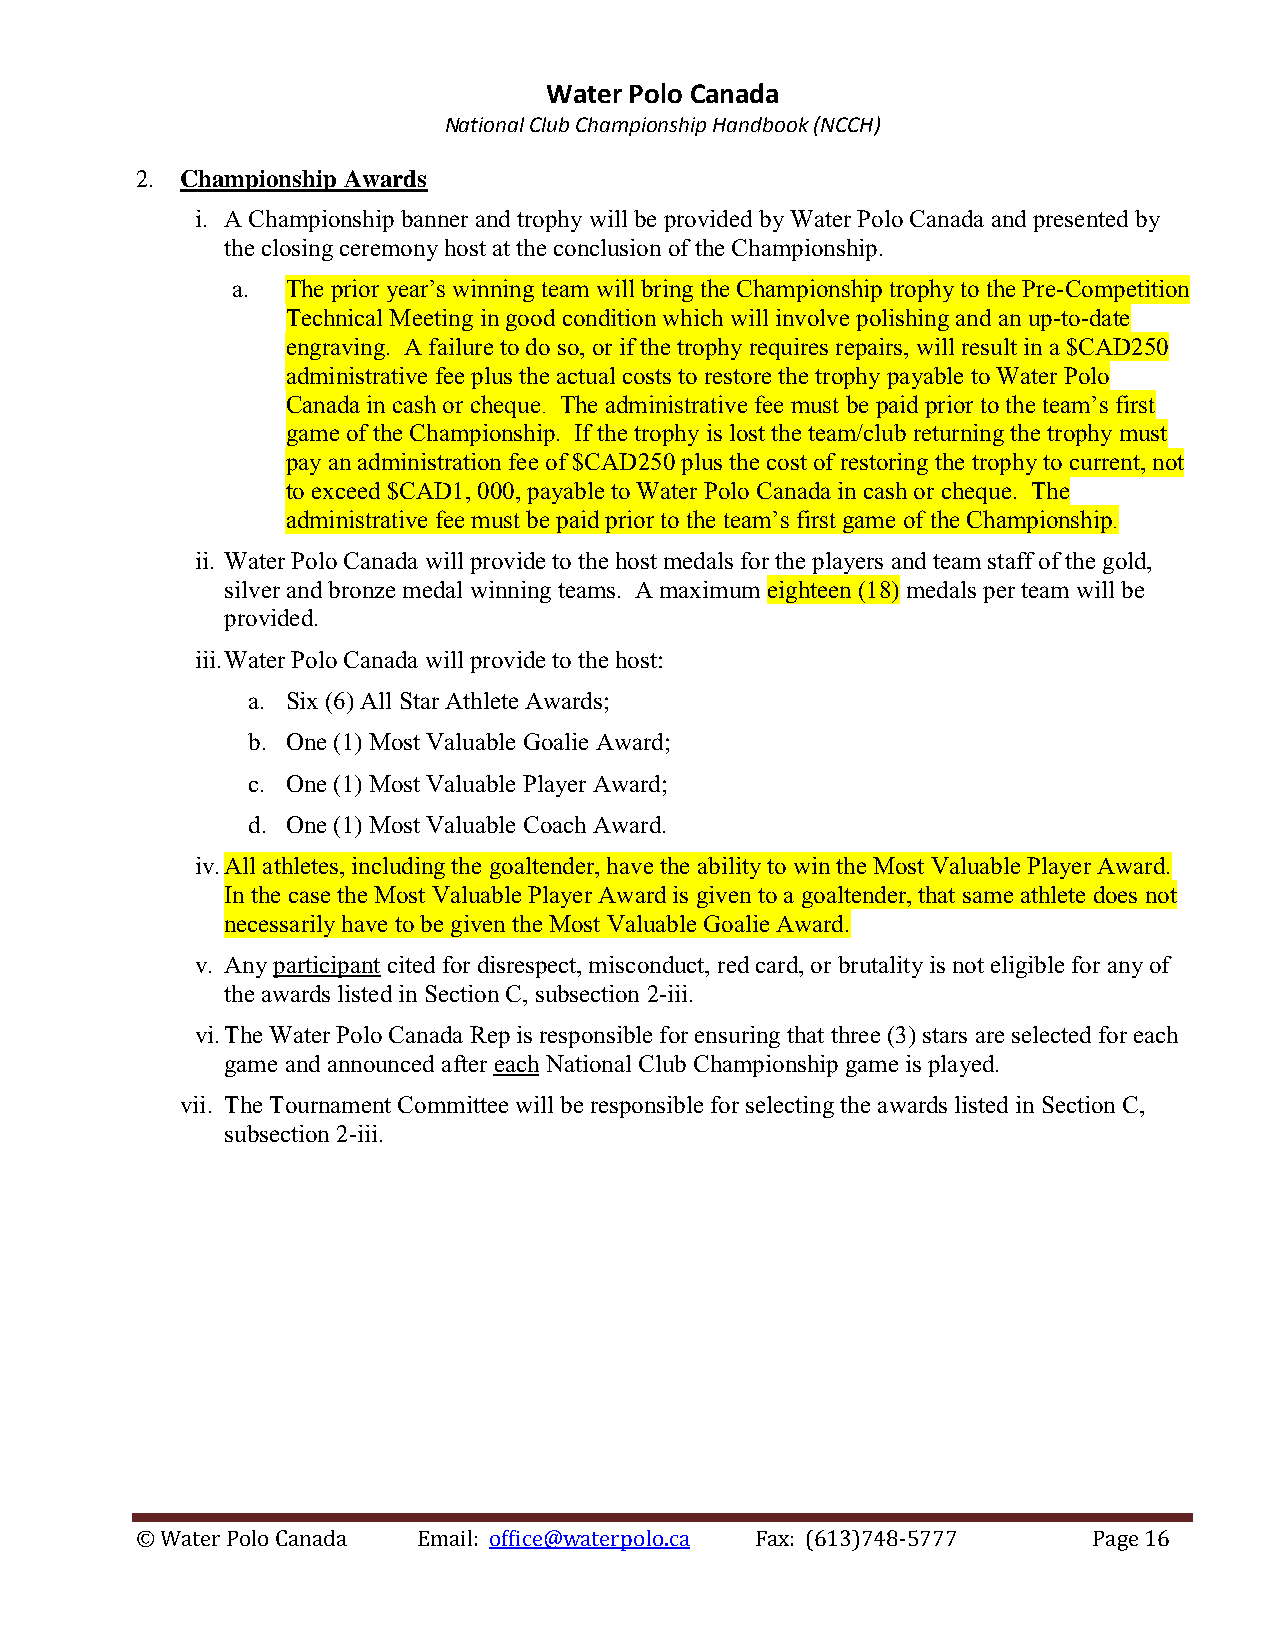
Water Polo Canada
 National Club Championship Handbook (NCCH)
 2. Championship Awards
 i. A Championship banner and trophy will be provided by Water Polo Canada and presented by
 the closing ceremony host at the conclusion of the Championship.
 a.  The prior year’s winning team will bring the Championship trophy to the Pre-Competition
 Technical Meeting in good condition which will involve polishing and an up-to-date
 engraving. A failure to do so, or if the trophy requires repairs, will result in a $CAD250
 administrative fee plus the actual costs to restore the trophy payable to Water Polo
 Canada in cash or cheque. The administrative fee must be paid prior to the team’s first
 game of the Championship. If the trophy is lost the team/club returning the trophy must
 pay an administration fee of $CAD250 plus the cost of restoring the trophy to current, not
 to exceed $CAD1, 000, payable to Water Polo Canada in cash or cheque. The
 administrative fee must be paid prior to the team’s first game of the Championship.
 ii. Water Polo Canada will provide to the host medals for the players and team staff of the gold,
 silver and bronze medal winning teams. A maximum eighteen (18) medals per team will be
 provided.
 iii. Water Polo Canada will provide to the host:
 a. Six (6) All Star Athlete Awards;
 b. One (1) Most Valuable Goalie Award;
 c. One (1) Most Valuable Player Award;
 d. One (1) Most Valuable Coach Award.
 iv. All athletes, including the goaltender, have the ability to win the Most Valuable Player Award.
 In the case the Most Valuable Player Award is given to a goaltender, that same athlete does not
 necessarily have to be given the Most Valuable Goalie Award.
 v. Any participant cited for disrespect, misconduct, red card, or brutality is not eligible for any of
 the awards listed in Section C, subsection 2-iii.
 vi. The Water Polo Canada Rep is responsible for ensuring that three (3) stars are selected for each
 game and announced after each National Club Championship game is played.
 vii. The Tournament Committee will be responsible for selecting the awards listed in Section C,
 subsection 2-iii.
 © Water Polo Canada Email: office@waterpolo.ca Fax: (613)748-5777 Page 16